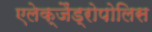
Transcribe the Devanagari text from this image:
एलेक्जैंड्रोपोलिस